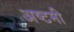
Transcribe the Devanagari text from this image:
अष्‍टमी